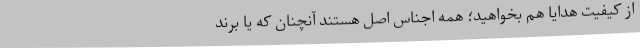
از کیفیت هدایا هم بخواهید؛ همه اجناس اصل هستند آنچنان که یا برند